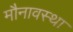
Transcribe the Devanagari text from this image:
मौनावस्था